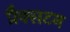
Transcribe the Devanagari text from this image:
प्रैक्सटन